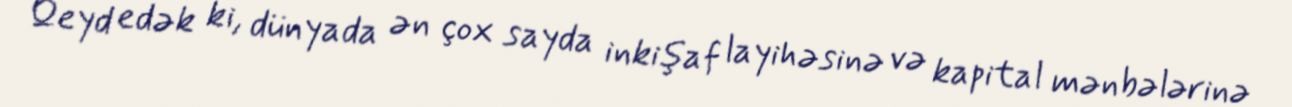
Qeyd edək ki, dünyada ən çox sayda inkişaf layihəsinə və kapital mənbələrinə